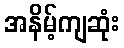
အနိမ့်ကျဆုံး